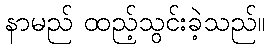
နာမည် ထည့်သွင်းခဲ့သည်။